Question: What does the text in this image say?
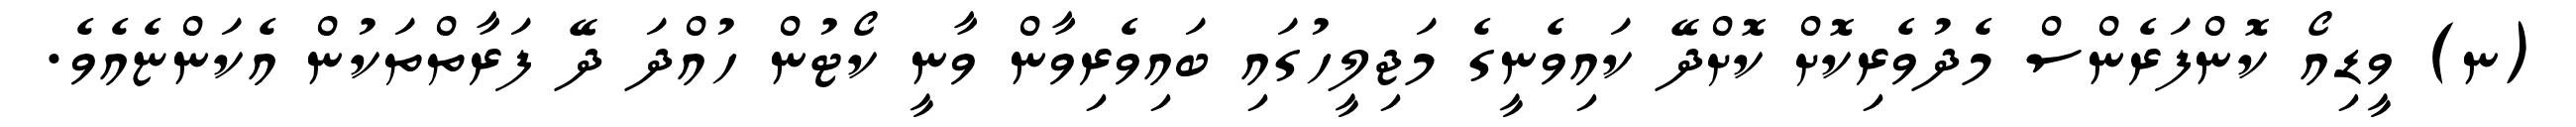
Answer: (ނ) ވީޑިއޯ ކޮންފަރެންސް މެދުވެރިކޮށް ކޮށްދޭ ކައިވެނީގެ މަޖިލީހުގައި ބައިވެރިވާން ވާނީ ކޯޓުން ހުއްދަ ދޭ ފަރާތްތަކުން އެކަންޏެއެވެ.